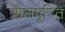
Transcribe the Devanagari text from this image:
शैलपूरित